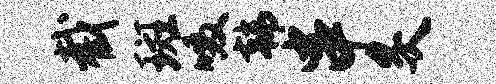
截斑啜韩串炙